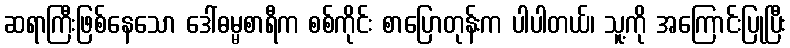
ဆရာကြီးဖြစ်နေသော ဒေါ်ဓမ္မစာရီက စစ်ကိုင်း စာပြောတုန်းက ပါပါတယ်၊ သူ့ကို အကြောင်းပြုပြီး